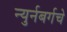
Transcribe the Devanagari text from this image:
न्युर्नबर्गचे